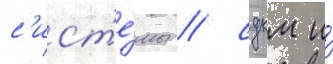
с'ист'е́мы / сдкм и́